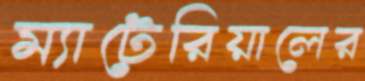
ম্যাটেরিয়ালের